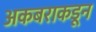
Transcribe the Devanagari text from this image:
अकबराकडून